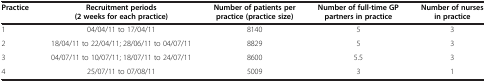
<table><thead><tr><td><b>Practice</b></td><td><b>Recruitment periods (2 weeks for each practice)</b></td><td><b>Number of patients per practice (practice size)</b></td><td><b>Number of full-time GP partners in practice</b></td><td><b>Number of nurses in practice</b></td></tr></thead><tbody><tr><td>1</td><td>04/04/11 to 17/04/11</td><td>8140</td><td>5</td><td>3</td></tr><tr><td>2</td><td>18/04/11 to 22/04/11; 28/06/11 to 04/07/11</td><td>8829</td><td>5</td><td>3</td></tr><tr><td>3</td><td>04/07/11 to 10/07/11; 18/07/11 to 24/07/11</td><td>8600</td><td>5.5</td><td>3</td></tr><tr><td>4</td><td>25/07/11 to 07/08/11</td><td>5009</td><td>3</td><td>1</td></tr></tbody></table>